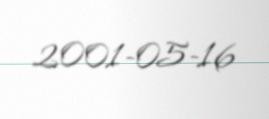
2001-05-16